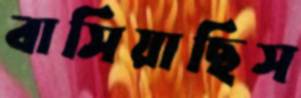
বাসিয়াছিস